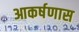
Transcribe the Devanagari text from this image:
आकर्षणास